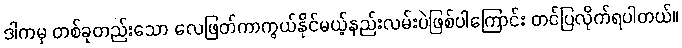
ဒါကမှ တစ်ခုတည်းသော လေဖြတ်ကာကွယ်နိုင်မယ့်နည်းလမ်းပဲဖြစ်ပါကြောင်း တင်ပြလိုက်ရပါတယ်။